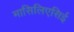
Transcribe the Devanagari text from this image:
मासिलिएसिई